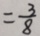
= \frac { 3 } { 8 }